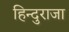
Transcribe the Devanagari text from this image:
हिन्दुराजा